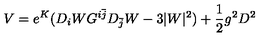
V = e ^ { K } ( D _ { i } W G ^ { i \bar { j } } D _ { \bar { j } } W - 3 \vert W \vert ^ { 2 } ) + { \frac { 1 } { 2 } } g ^ { 2 } D ^ { 2 }